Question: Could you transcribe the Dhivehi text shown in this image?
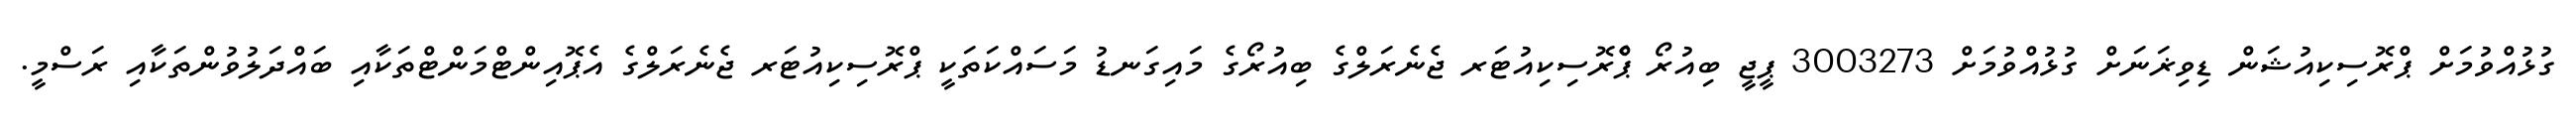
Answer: ގުޅުއްވުމަށް ޕްރޮސިކިއުޝަން ޑިވިޜަނަށް ގުޅުއްވުމަށް 3003273 ޕީޖީ ބިއުރޯ ޕްެރޮސިކިއުޓަރ ޖެނެރަލްގެ ބިއުރޯގެ މައިގަނޑު މަސައްކަތަކީ ޕްރޮސިކިއުޓަރ ޖެނެރަލްގެ އެޕޮއިންޓްމަންޓްތަކާއި ބައްދަލުވުންތަކާއި ރަސްމީ.